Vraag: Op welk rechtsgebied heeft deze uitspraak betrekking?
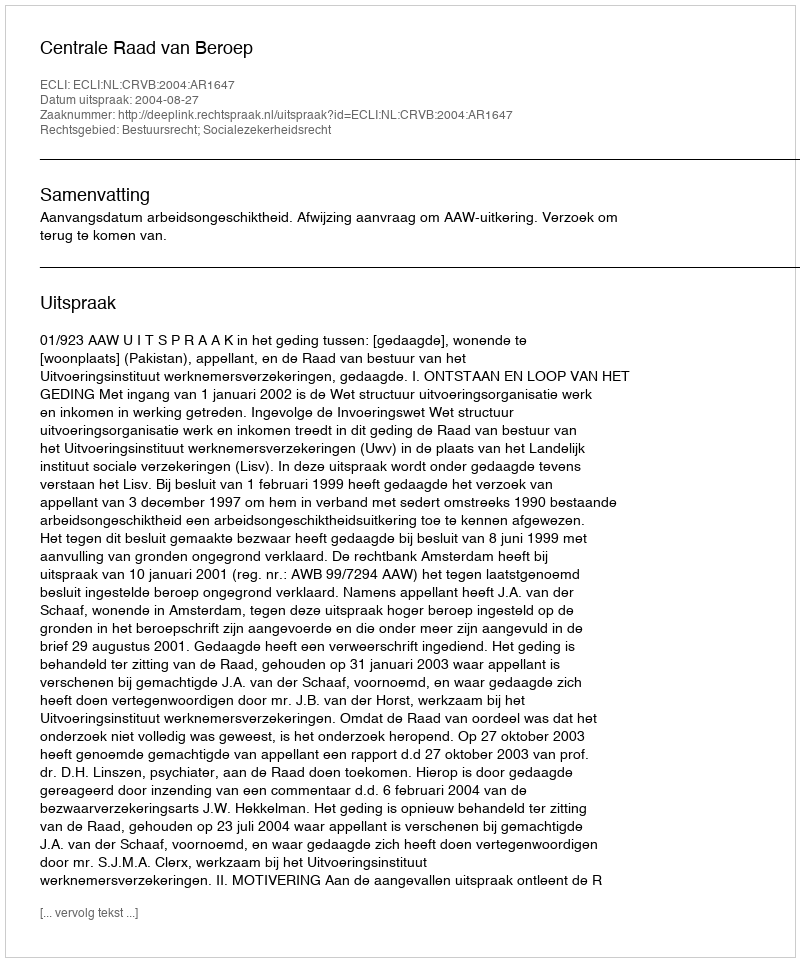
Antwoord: Bestuursrecht; Socialezekerheidsrecht